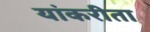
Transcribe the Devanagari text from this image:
यांकरीता